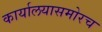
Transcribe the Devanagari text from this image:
कार्यालयासमोरच